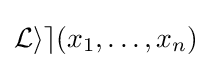
{\mathcal {Lie}}(x_{1},\dots ,x_{n})